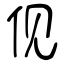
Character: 伣